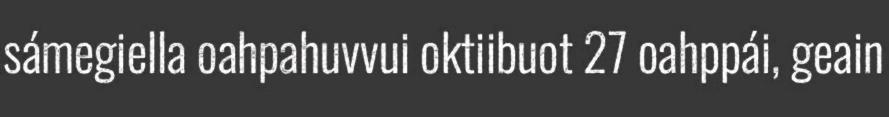
sámegiella oahpahuvvui oktiibuot 27 oahppái, geain